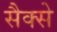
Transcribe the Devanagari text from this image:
सैक्से